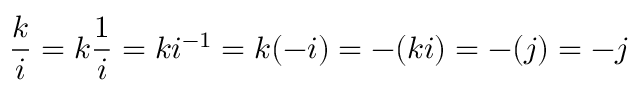
{ \frac { k } { i } } = k { \frac { 1 } { i } } = k i ^ { - 1 } = k ( - i ) = - ( k i ) = - ( j ) = - j